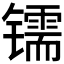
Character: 𰿂